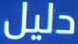
دليل